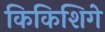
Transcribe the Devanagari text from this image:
किकिशिगे